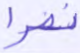
نصرا